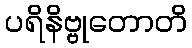
ပရိနိဗ္ဗုတောတိ